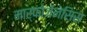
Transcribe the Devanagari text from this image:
मार्फोजेनेसिस